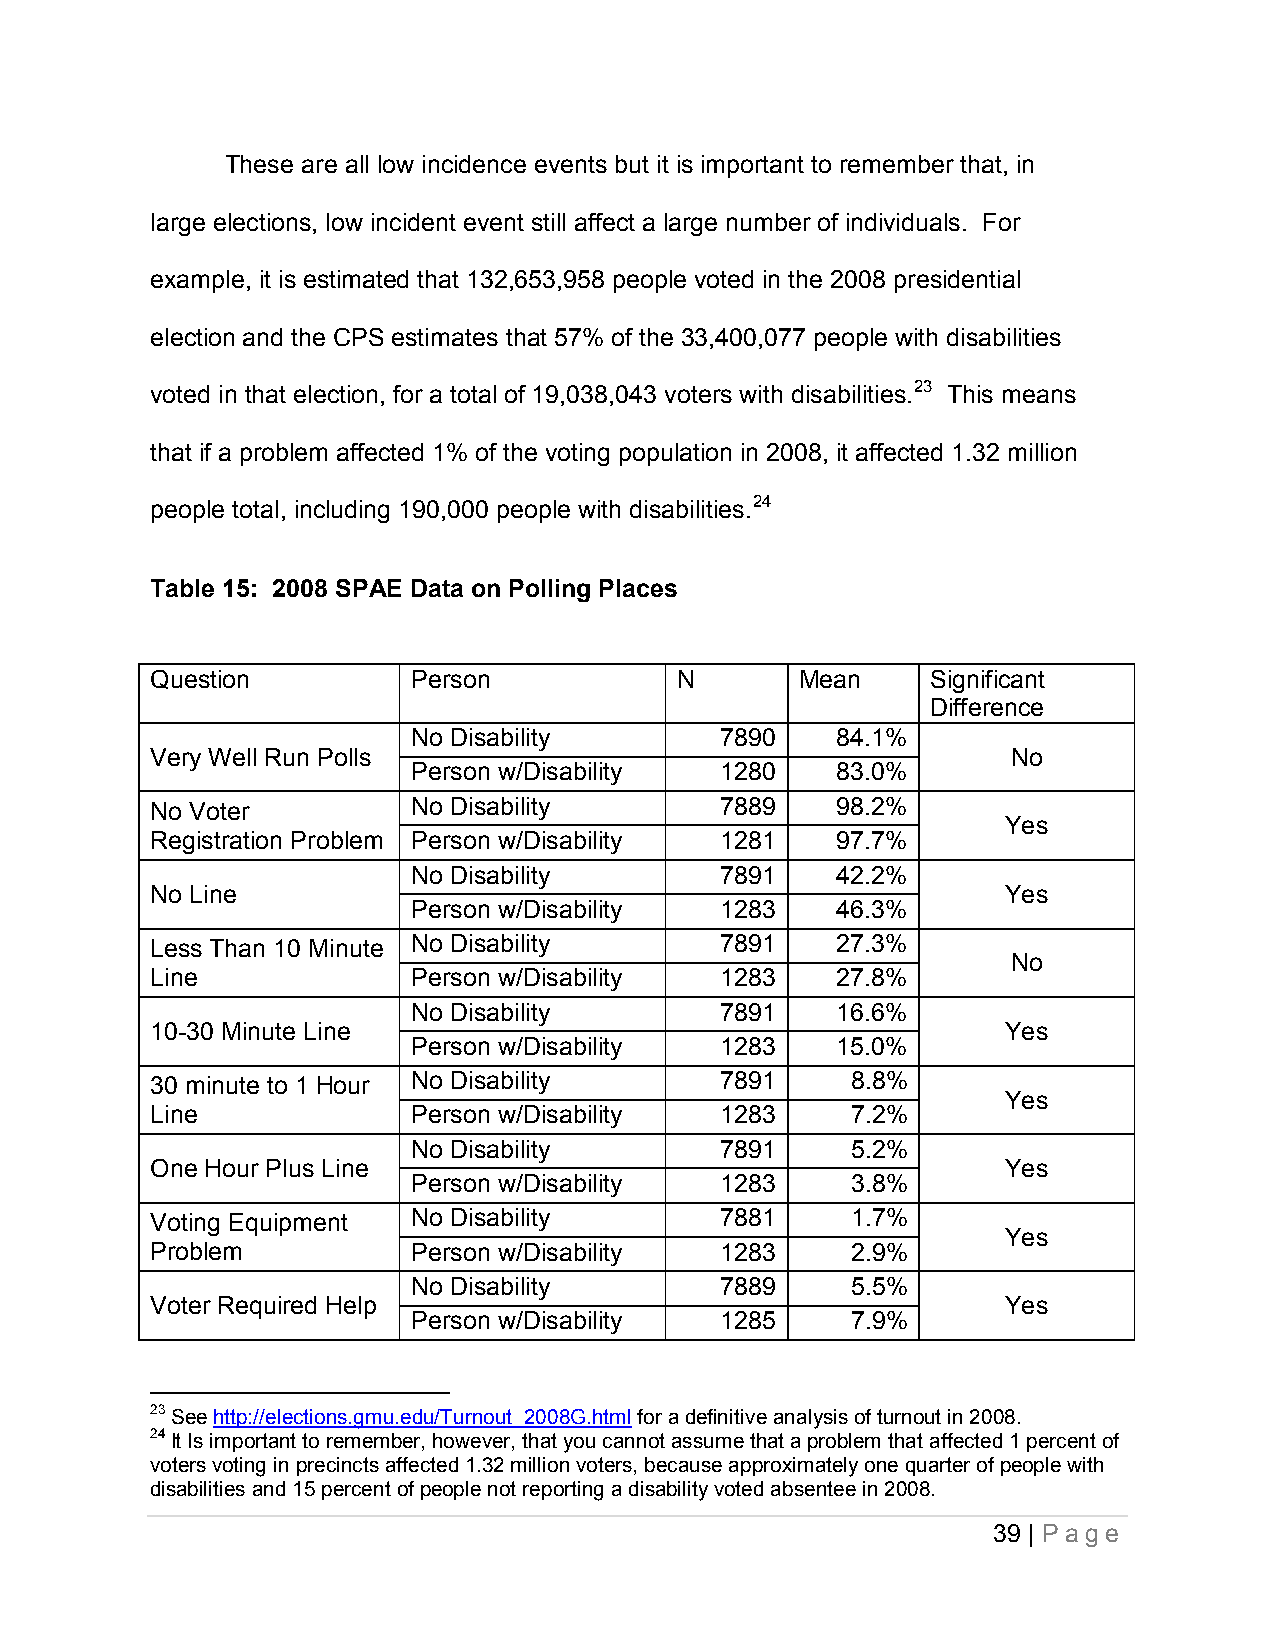
These are all low incidence events but it is important to remember that, in
 large elections, low incident event still affect a large number of individuals. For
 example, it is estimated that 132,653,958 people voted in the 2008 presidential
 election and the CPS estimates that 57% of the 33,400,077 people with disabilities
 voted in that election, for a total of 19,038,043 voters with disabilities.23 This means
 that if a problem affected 1% of the voting population in 2008, it affected 1.32 million
 people total, including 190,000 people with disabilities.24
 Table 15: 2008 SPAE Data on Polling Places
 Question         Person            N       Mean     Significant
 Difference
 No Disability        7890   84.1%
 Very Well Run Polls                                      No
 Person w/Disability  1280   83.0%
 No Voter         No Disability        7889   98.2%
 Yes
 Registration Problem Person w/Disability 1281 97.7%
 No Disability        7891   42.2%
 No Line                                                  Yes
 Person w/Disability  1283   46.3%
 Less Than 10 Minute No Disability     7891   27.3%
 No
 Line             Person w/Disability  1283   27.8%
 No Disability        7891   16.6%
 10-30 Minute Line                                        Yes
 Person w/Disability  1283   15.0%
 30 minute to 1 Hour No Disability     7891    8.8%
 Yes
 Line             Person w/Disability  1283    7.2%
 No Disability        7891    5.2%
 One Hour Plus Line                                       Yes
 Person w/Disability  1283    3.8%
 Voting Equipment No Disability        7881    1.7%
 Yes
 Problem          Person w/Disability  1283    2.9%
 No Disability        7889    5.5%
 Voter Required Help                                      Yes
 Person w/Disability  1285    7.9%
 23 See http://elections.gmu.edu/Turnout_2008G.html for a definitive analysis of turnout in 2008.
 24 It Is important to remember, however, that you cannot assume that a problem that affected 1 percent of
 voters voting in precincts affected 1.32 million voters, because approximately one quarter of people with
 disabilities and 15 percent of people not reporting a disability voted absentee in 2008.
 39 | P a ge